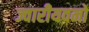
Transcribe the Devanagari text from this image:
ज्वारीयवनों